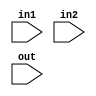
`timescale 1ns / 1ps
//////////////////////////////////////////////////////////////////////////////////
// Company: 
// Engineer: 
// 
// Design Name: 
// Module Name: nand2
// Project Name: 
// Target Devices: 
// Tool Versions: 
// Description: 
// 
// Dependencies: 
// 
// Revision:
// Revision 0.01 - File Created
// Additional Comments:
// 
//////////////////////////////////////////////////////////////////////////////////


module nand2(
    input in1,
    input in2,
    input out
    );
    
    assign out = ~(in1 & in2);

endmodule